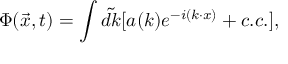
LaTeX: \Phi ( \vec { x } , t ) = \int \tilde { d k } [ a ( k ) e ^ { - i ( k \cdot x ) } + c . c . ] ,